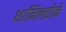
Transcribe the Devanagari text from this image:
शामिलहोने